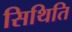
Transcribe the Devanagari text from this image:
सिथिति